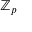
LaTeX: \mathbb { Z } _ { p }